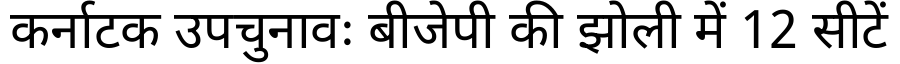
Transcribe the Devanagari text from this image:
कर्नाटक उपचुनावः बीजेपी की झोली में 12 सीटें